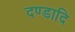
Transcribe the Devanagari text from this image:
दण्डादि